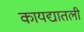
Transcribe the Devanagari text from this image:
कायद्यातली